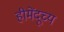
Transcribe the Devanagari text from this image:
हीमेंदूच्य